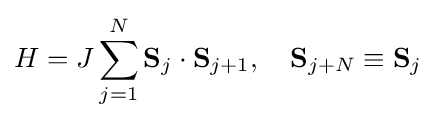
H=J\sum _{j=1}^{N}\mathbf {S} _{j}\cdot \mathbf {S} _{j+1},\quad \mathbf {S} _{j+N}\equiv \mathbf {S} _{j}